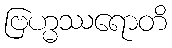
ဗြဟ္မဿရောတိ